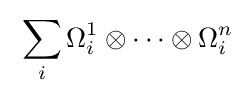
\;\sum _{i}\Omega _{i}^{1}\otimes \cdots \otimes \Omega _{i}^{n}